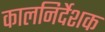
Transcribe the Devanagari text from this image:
कालनिर्देशक